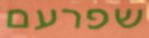
שפרעם